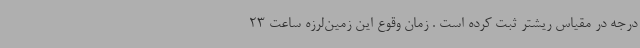
درجه در مقیاس ریشتر ثبت کرده است . زمان وقوع این زمین‌لرزه‌ ساعت 23